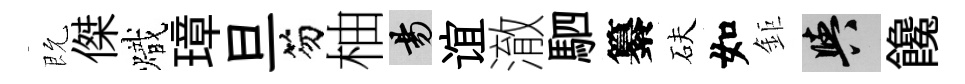
既傑熾璋旦笏柚昜谊澈駟纂砆如鉅阳饞